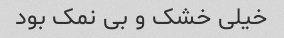
خیلی خشک و بی نمک بود